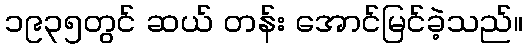
၁၉၃၅တွင် ဆယ် တန်း အောင်မြင်ခဲ့သည်။